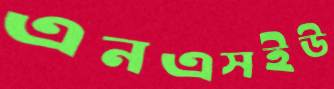
এনএসইউ